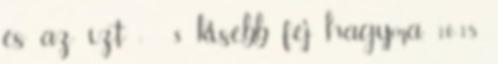
és az ízt : 8 kisebb fej hagyma, 10-15